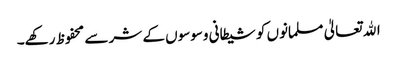
اﷲ تعالیٰ مسلمانوں کو شیطانی وسوسوں کے شر سے محفوظ رکھے۔